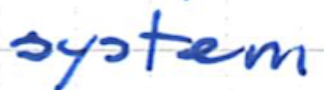
Text: system
Cross-out: clean
Writing tool: ballpoint